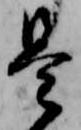
是